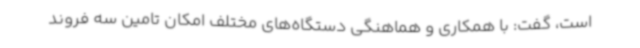
است، گفت: با همکاری و هماهنگی دستگاه‌های مختلف امکان تامین سه فروند